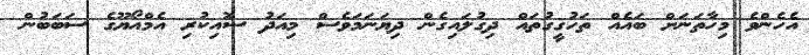
އެހެންވެ މިހާތަނަށް ބައެއް ތަހުގީގުތައް ދިގުލައިގެން ދިޔަނަމަވެސް މިއަދު ސޮއިކުރި އެމްއޯޔޫގެ ސަބަބުން